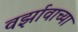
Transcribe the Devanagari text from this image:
वर्झावाच्या